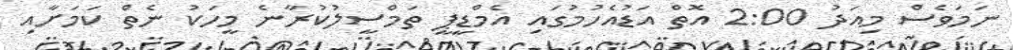
ނަމަވެސް މިއަދު 2:00 އޮތް އަޑުއެހުމުގައި އެމްޑީޕީ ތަމްސީލުކުރާނެ މީހަކު ނެތް ކަމަށާއި